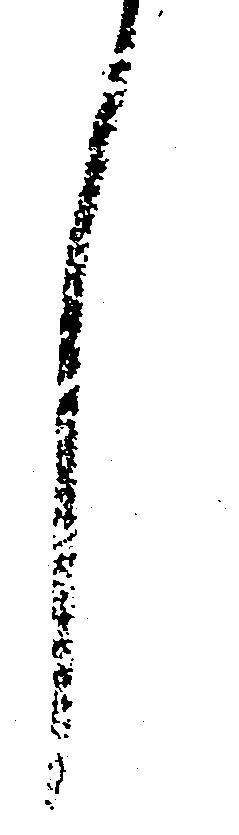
し